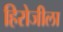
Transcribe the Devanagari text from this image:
हिरोजीला